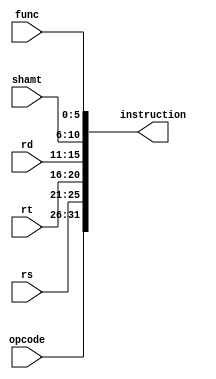
module DTCU_convert (
  input [5:0] opcode,
  input [4:0] rs, rt, rd, shamt,
  input [5:0]  func,
  output [31:0] instruction
) ;
 assign instruction  [31:26] = opcode;
 assign instruction  [25:21] = rs;
 assign instruction  [20:16] = rt;
 assign instruction  [15:11] = rd;
 assign instruction  [10:6]  = shamt;
 assign instruction  [5:0]   = func;
 
endmodule